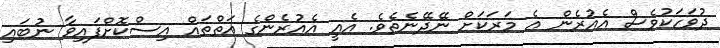
ދުވަހަކުވެސް އެއުރެން އެ މަރަކަށް ނޭދޭނެތެވެ. އެއީ އެއުރެންގެ އަތްތައް އިސްކޮށްފައިވާ ނުބައި